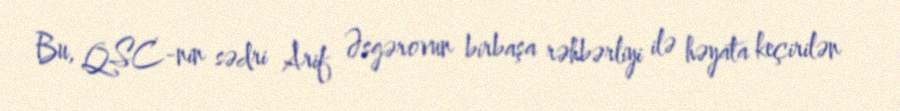
Bu, QSC-nin sədri Arif Əsgərovun birbaşa rəhbərliyi ilə həyata keçirilən